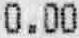
0.00